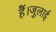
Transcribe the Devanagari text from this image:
हैं।जुलाई